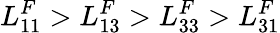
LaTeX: L_{11}^{F}>L_{13}^{F}>L_{33}^{F}>L_{31}^{F}